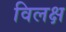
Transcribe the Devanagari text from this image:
विलक्ष